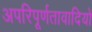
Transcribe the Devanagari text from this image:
अपरिपूर्णतावादियों